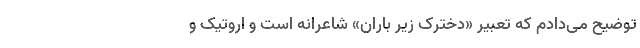
توضیح می‌دادم که تعبیر «دخترک زیر باران» شاعرانه است و اِروتیک و